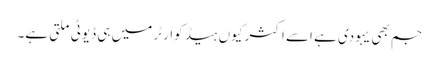
جم بھی یہودی ہے اسے اکثر کیوں ہیڈ کوارٹر میں ہی ڈیوٹی ملتی ہے۔